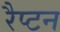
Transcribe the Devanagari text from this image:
रैप्टन